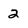
Character: 2